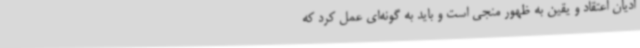
ادیان اعتقاد و یقین به ظهور منجی است و باید به گونه‌ای عمل کرد که